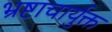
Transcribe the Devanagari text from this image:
भ्रष्टाचार्युक्त